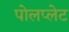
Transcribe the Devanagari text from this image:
पोलप्लेट